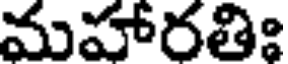
మహారతిః